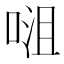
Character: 𭈡